Alatskivi_vallavalitsus_et, lk 102
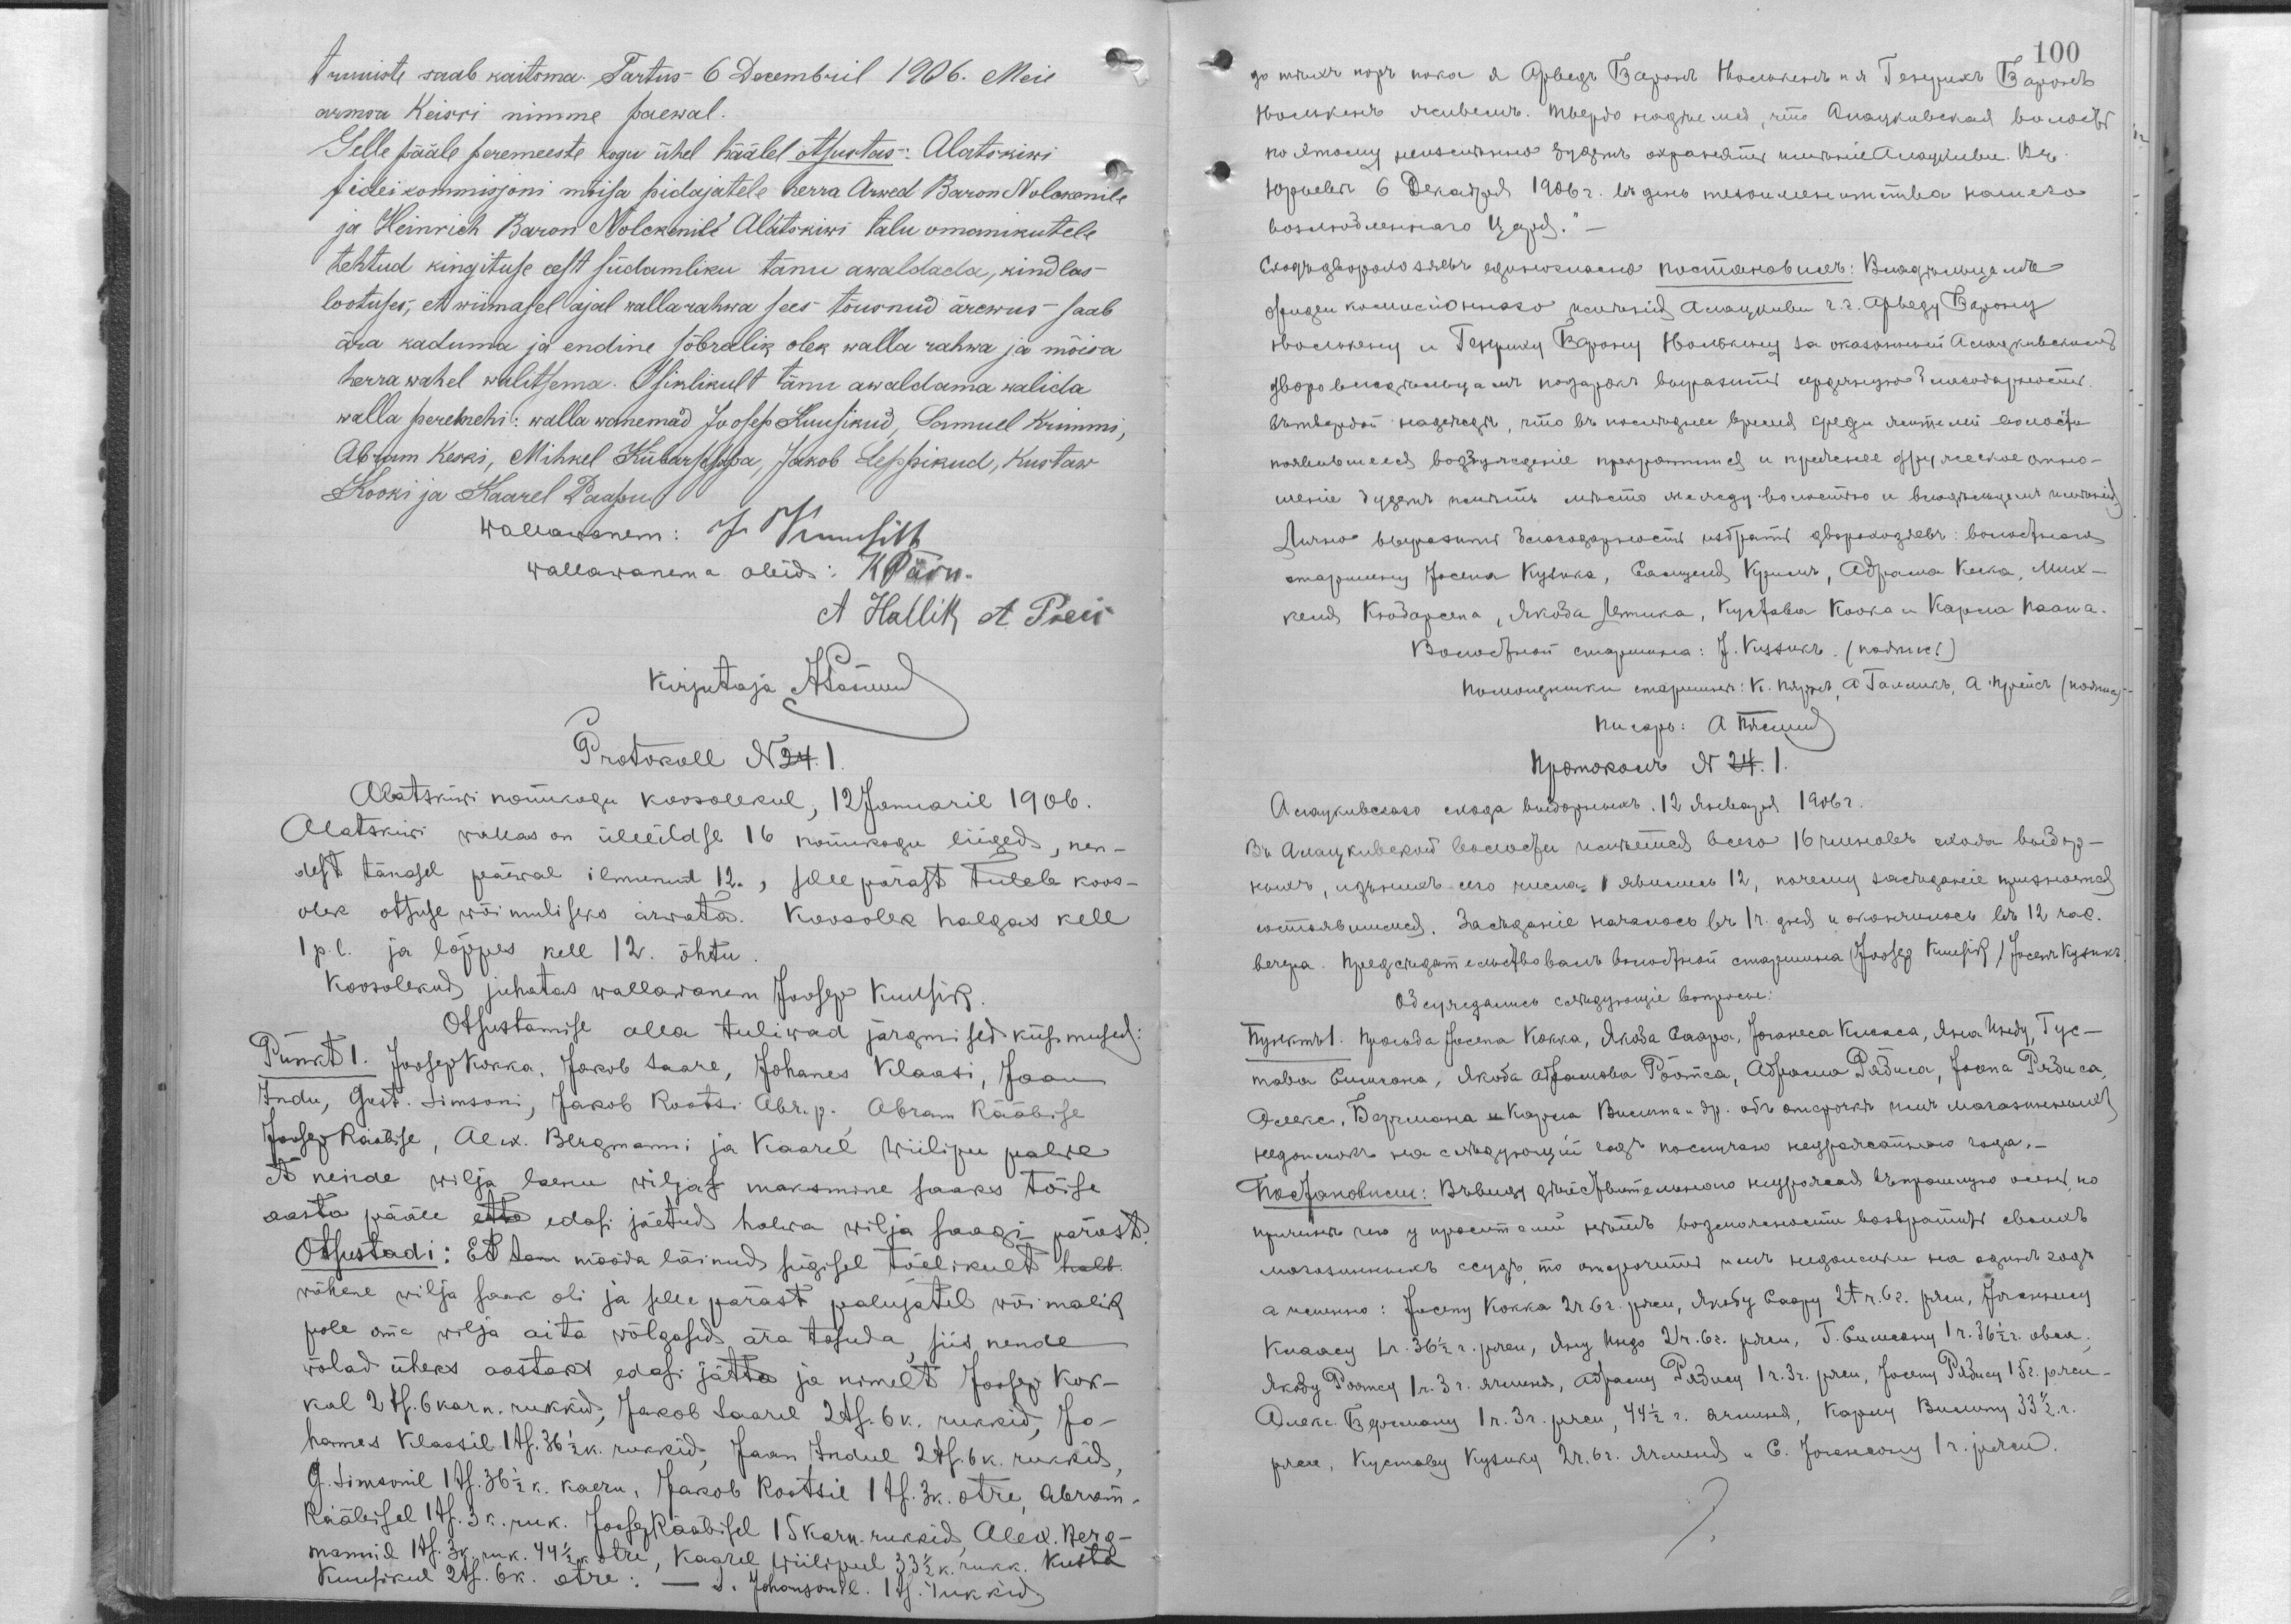
truuiste saab kaitsma. Tartus 6 Decembril 1906. Meie
armsa Keisri nimme paewal.
Selle pääle peremeeste kogu ühel häälel otsustas: Alatskiwi
fideikommisjoni mõisa pidajatele herra Arwed Baron Nolckenile
ja Heinrich Baron Nolckenile Alatskiwi talu omanikutele
tehtud kingituse eest südamliku tänu awaldada, kindlas
lootuses, et wiimasel ajal wallarahwa sees tõusnud ärewuse saab
ära kaduma ja endine sõbralok olek walla rahwa ja mõisa
herra wahel walitsema. Isiklikult tänu awaldama walida
walla peremehi: walla wanemad Joosep Kuusikud, Samuel Krimmi,
Abram Keski, Mihkel Kübarseppa, Jakob Leppikud, Kustaw
Kooki ja Kaarel Paapu.
Wallawanem: J. Kuusik
Wallawanema abid: K. Pärn
A. Hallik A. Polli
Kirjutaja ???
Protokoll N. 24. 1.
Alatskiwi nõuukogu koosolekul, 12 Januaril 1906.
Alatskiwi wallas on üleeilase 16 nõuukogu liiged, nen-
dest tänasel päewal ilmunud 12., selle pärast tuleb koos-
olek otsuse wõimulikuks arwata. Koosolek halgas kell
1 p.l. ja lõppes kell 12 õhtu.
Koosolekud juhatas wallawanem Joosep Kuusik.
Otsustamise alla tuliwad järgmised küsimused:
Punkt 1.Joosep Kokka, Jakob Saae, Johanes Klaasi, Jaan
Indu, Gust. Simsoni, Jakob Rootsi Abr. p., Abr. Rääbise
Joosep Rääbise, Alex. Bergmanni ja Kaarel Wiilipu palwe
et nende wilja laenu wiljas maksmine saaks tõise
aasta pääle ette edasi jäetud halwa wiljasagi pärast.
Otsustadi: Et tana mööda läinud sügisel tõelikult halb
wähene wilja saak oli ja selle pärast palujatel wõimalik
pole oma wilja aita wõlgasid ära tasuda, siis nende
wõlad üheks aastaks edasi jätta ja nimelt Joosep Kok-
kal 2 ts. 6 karn. rukkid, Jakob Saarel 2 ts. 6 k. rukkid, Jo-
hannes Klaasil 1 ts. 36½ k. rukkid, Jaan Indul 2 ts. 6 k. rukkid,
G. Simsonil 1 ts. 36½ k. kaeru, Jakob Rootsil 1 ts. 3 k. otre, Abram
Rääbisel 1 ts. 3 k. ruk. Joosep Rääbisel 15 karn. rukkid, Alex. Berg-
mannil 1 ts. 3 k. ruk. 44½ k. otre, Kaarel Wiilipul 33½ k. rukk. Kusta
Kuusikul 2 ts. 6 k. otre. - S. Johansonil 1 ts. rukkid.